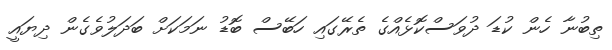
ތިބުނާ ހެން ކުޑަ ދުވަސްކޮޅެއްގެ ތެރޭގައި ހަބޭސް ބޮޑު ނަމަކަށް ބަދަލުވެގެން ދިޔައީ